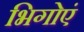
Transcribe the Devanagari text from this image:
भिगोएं